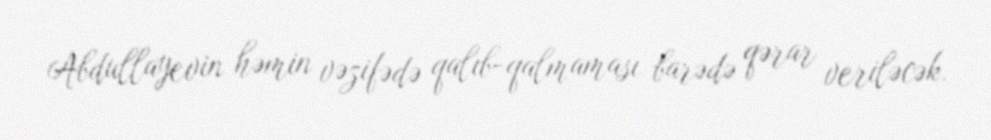
Abdullayevin həmin vəzifədə qalıb-qalmaması barədə qərar veriləcək.